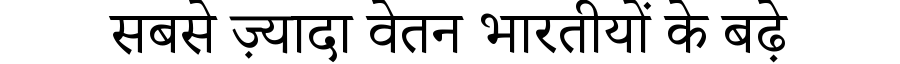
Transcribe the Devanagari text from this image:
सबसे ज़्यादा वेतन भारतीयों के बढ़े